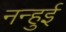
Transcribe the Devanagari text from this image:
नन्हुई